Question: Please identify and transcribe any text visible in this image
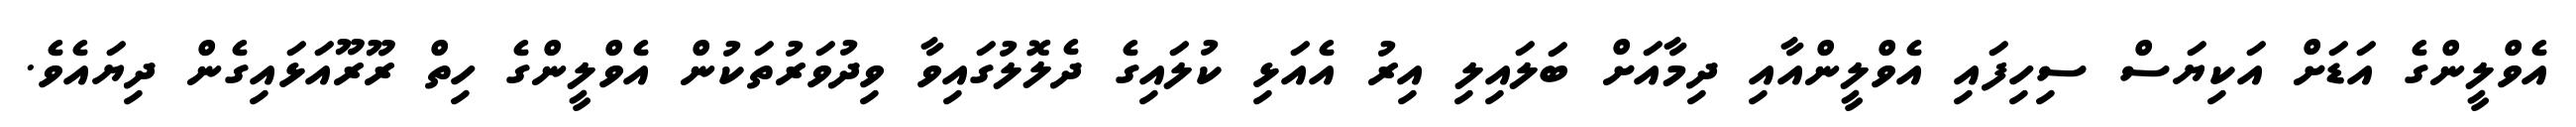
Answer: އެވްލީންގެ އަޑަށް އަކިޔަސް ސިހިފައި އެވްލީންއާއި ދިމާއަށް ބަލައިލި އިރު އެއަޅި ކުލައިގެ ދެލޮލުގައިވާ ވިދުވަރުތަކުން އެވްލީންގެ ހިތް ރޫރޫއަޅައިގެން ދިޔައެވެ.